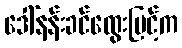
ဒေါ်နန်းခင်ထွေးမြင့်က